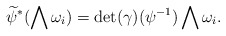
\begin{align*}\begin{aligned}\widetilde{\psi}^{\ast}(\bigwedge {\omega}_i)=\det(\gamma)(\psi^{-1}) \bigwedge {\omega}_i .\end{aligned}\end{align*}